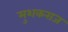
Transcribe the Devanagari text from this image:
मुशकराज